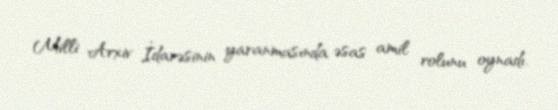
Milli Arxiv İdarəsinin yaranmasında əsas amil rolunu oynadı.